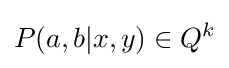
P(a,b|x,y)\in Q^{k}